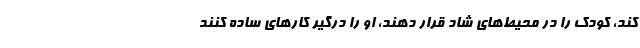
کند، کودک را در محیط‌های شاد قرار دهند، او را درگیر کارهای ساده کنند